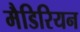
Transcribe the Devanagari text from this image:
मैडिरियन